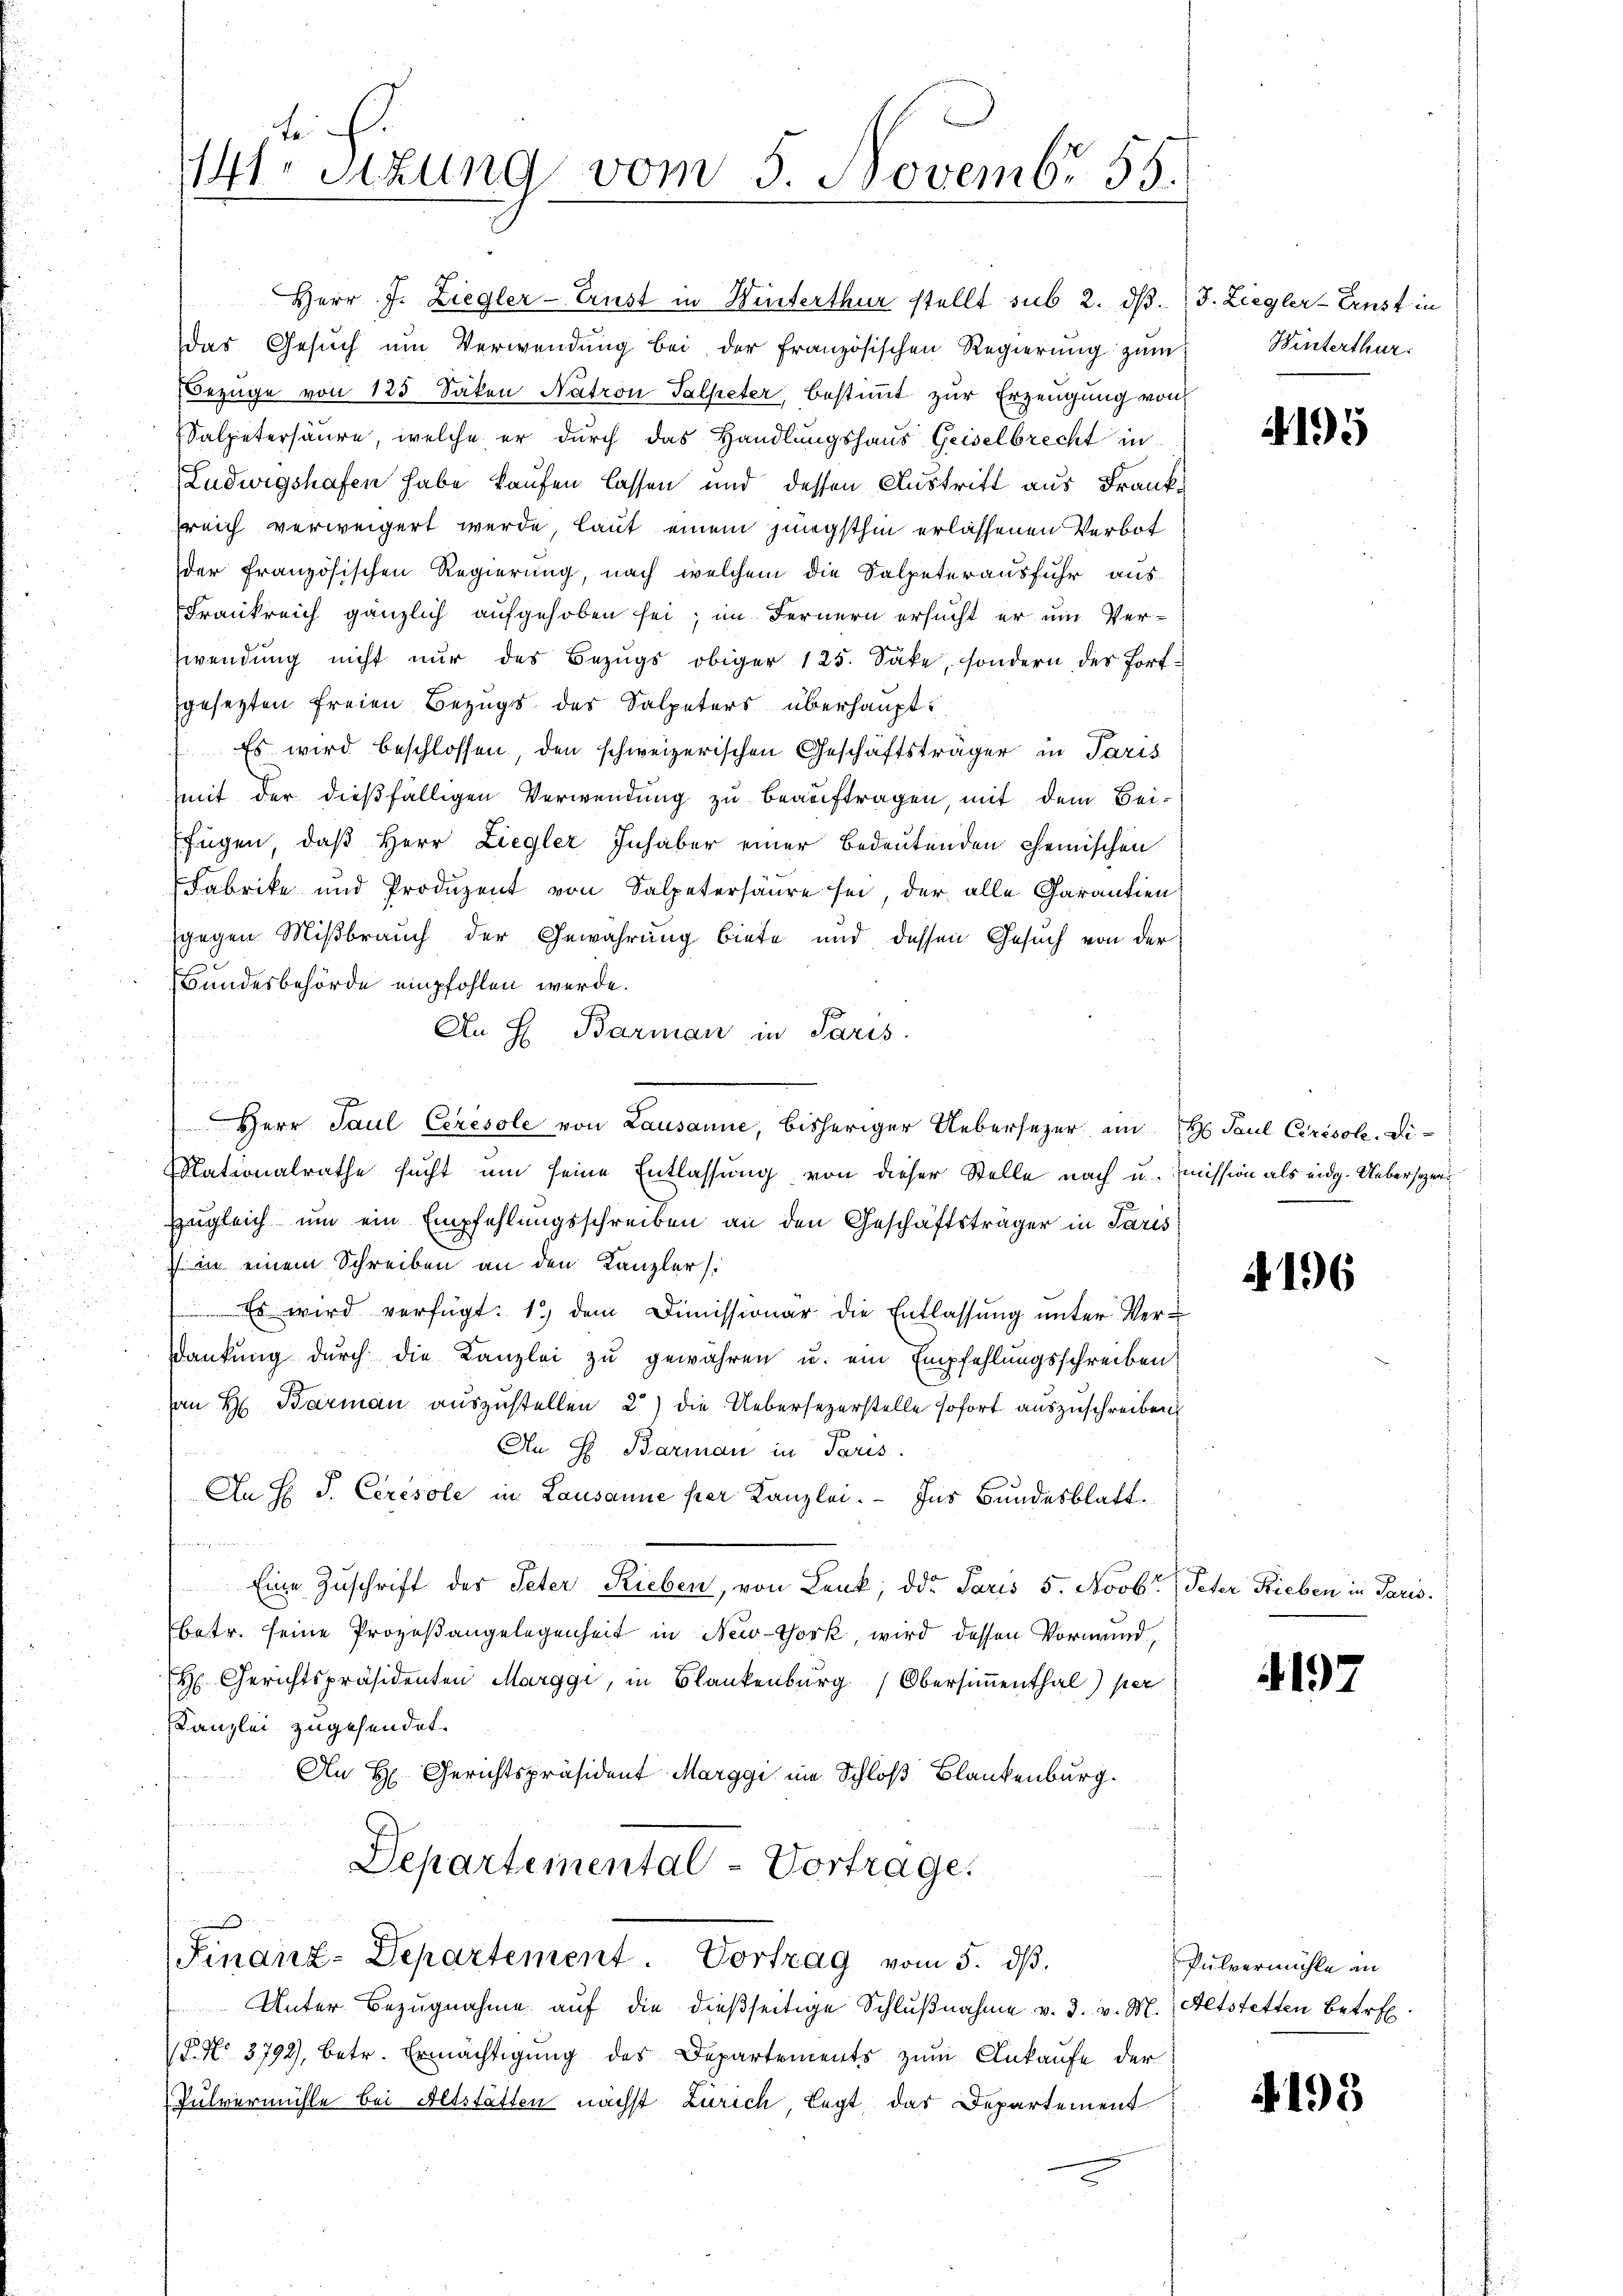
teich
141. Sitzung vom 5. Novembr 55.

Herr J. Ziegler-Ernst in Winterthur stellt sub. 2. dβ.
das Gesuch um Verwendung bei der französischen Regierung zum
Bezüge von 125 Säken Natron Salpeter, bestimmt zur Erzeugung von
Salpetersäure, welche er durch das Handlungshaus Geiselbrecht in
Ludwigshafen habe kaufen lassen und dessen Austritt aus Franksreich verweigert werde, laut einem jüngsthin erlassenen Verbot
der französischen Regierung, nach welchem die Salpeterausfuhr aus-
Frankreich gänzlich aufgehoben sei; im Fernern ersucht er um Ver¬
Zwendung nicht nur des Bezugs obiger 125. Sake, sondern des fortgesezten freien Bezugs des Salpeters überhaupt:
 Es wird beschlossen, den schweizerischen Geschäftsträger in Paris
mit der dießfälligen Verwendung zu beauftragen, mit dem Beifügen, daß Herr Liegler Inhaber einer Bedeutenden chemischen
Fabrike und Produzent von Salpetersäure sei, der alle Garantien
gegen Mißbrauch der Gewährung biete und dessen Gesuch von der
Bundesbehörde empfohlen werde.
An H Barman in Paris.
2
Herr Paul Ceresole von Lausanne, bisheriger Uebersezer im H Paul Cirésole. Di¬
Nationalrathe sucht um seine Entlassung von dieser Stelle nach u. mission als eidg. Uebersezers
Zugleich um ein Empfehlungsschreiben an den Geschäftsträger in Paris
7 in einem Schreiben an den Kanzler
Es wird verfügt: 1.) dem Dimissionar die Entlassung unter Verankung durch die Kanzlei zu gewähren u. ein Empfehlungsschreiben
an H. Barman auszustellen, 2) die Uebersezerstelle sofort auszuschreiben
An H. Barman in Paris
o
An H. P. Ceresole in Lausanne per Kanzlei. Ins Bundesblatt.
n werden
Eine Zuschrift der Peter Rieben, von Lenk, der Paris 5. Novb. Peter Rieben in Paris.
betr. seine Prozeßangelegenheit in New-York, wird dessen Vormund,
H Gerichtspräsidenten Marggi, in Blankenburg (Obersimmenthal) per
Kanzlei zugehendet.
An H. Gerichtspräsident Marggi im Schloß Blankenburg.
.
Departemental-Vortrage.

Finanz-Departement Vortrag vom 5. dβ.
Unter Bezugnahme auf die dießseitige Schlußnahme v. 3. v. M. Altstetten Betref
F. No. 3792), betr. Ermächtigung des Departements zum Ankaufe der
Tulvermühle bei Altstätten nächst Zürich legt, das Departement

J. Ziegler-Ernst in
Winterthur.

4195

2196

197

Pulvermühle in

4193